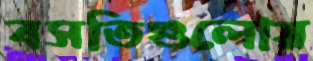
বসতিগুলোয়